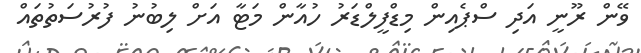
ވޭން ރޫނީ އަދި ސްޕެއިން މިޑްފީލްޑަރު ހުއާން މަޓާ އަށް ލިބުނު ފުރުސަތުތައް